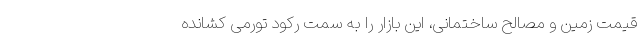
قیمت زمین و مصالح ساختمانی، این بازار را به سمت رکود تورمی کشانده